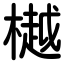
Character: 樾